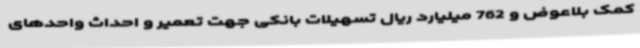
کمک بلاعوض و 762 میلیارد ریال تسهیلات بانکی جهت تعمیر و احداث واحدهای